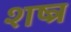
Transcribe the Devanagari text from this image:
शष्त्र